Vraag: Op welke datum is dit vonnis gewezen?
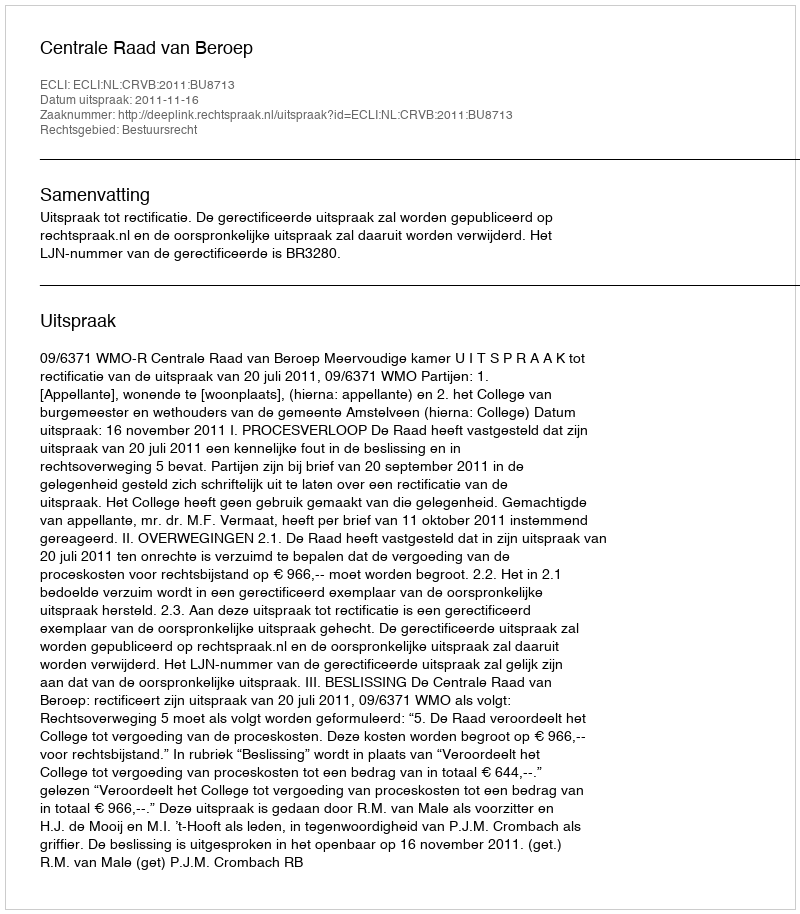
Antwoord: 2011-11-16